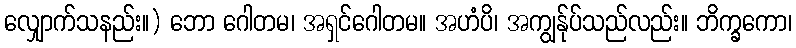
လျှောက်သနည်း။) ဘော ဂေါတမ၊ အရှင်ဂေါတမ။ အဟံပိ၊ အကျွန်ုပ်သည်လည်း။ ဘိက္ခကော၊